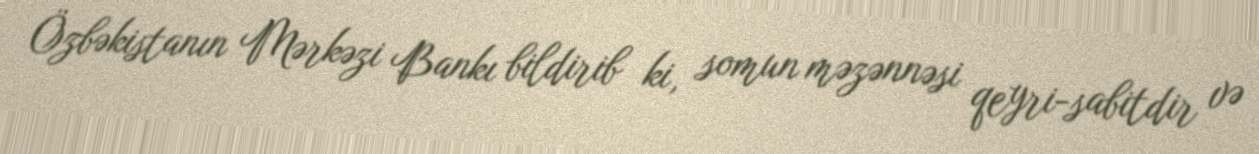
Özbəkistanın Mərkəzi Bankı bildirib ki, somun məzənnəsi qeyri-sabitdir və